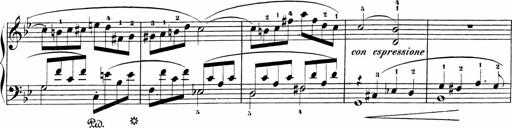
Title: Sonatinen Op.47, 98 und 136, nebst 6 Liedersonatinen
Composer: Carl Reinecke